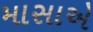
માસાએ